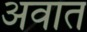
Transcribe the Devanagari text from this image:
अवात